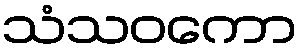
သံသဝကော